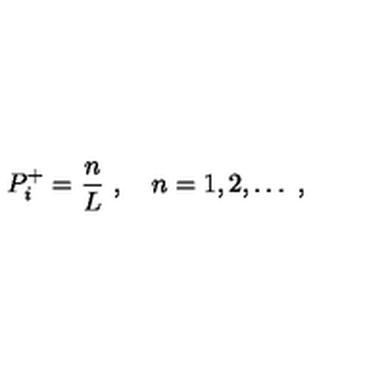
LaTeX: P _ { i } ^ { + } = \frac { n } { L } \ , \quad n = 1 , 2 , \dots \ ,